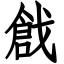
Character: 戧